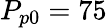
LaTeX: P_{p0}=75